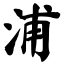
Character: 浦